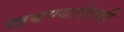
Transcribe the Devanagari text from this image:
खचण्याऐवजी